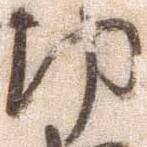
切